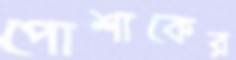
পোশাকের